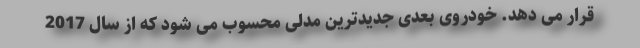
قرار می دهد. خودروی بعدی جدیدترین مدلی محسوب می شود که از سال 2017